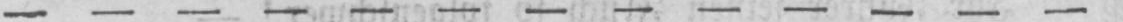
-------------